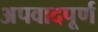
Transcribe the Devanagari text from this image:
अपवादपूर्ण